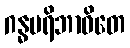
ဂန္ဓပရိဘာဝိတေ